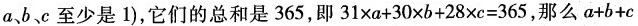
a、b、c至少是1)，它们的总和是365，即$$31\timesa+30\timesb+28\timesc=365$$，那么$$a+b+c$$